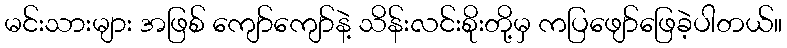
မင်းသားများ အဖြစ် ကျော်ကျော်နဲ့ သိန်းလင်းစိုးတို့မှ ကပြဖျော်ဖြေခဲ့ပါတယ်။